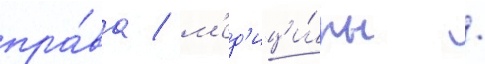
пра́ва / м'ед'ици́ны /